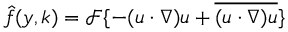
\boldsymbol { \hat { f } } ( y , \boldsymbol { k } ) = \mathscr { F } \{ - ( \boldsymbol { u } \cdot \nabla ) \boldsymbol { u } + \overline { { ( \boldsymbol { u } \cdot \nabla ) \boldsymbol { u } } } \}